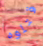
قتلوه